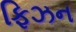
ફિઝન